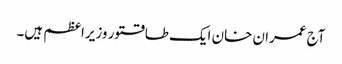
آج عمران خان ایک طاقتور وزیراعظم ہیں۔